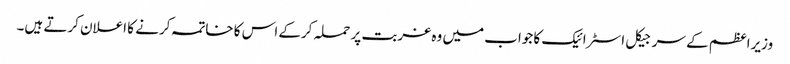
وزیراعظم کے سرجیکل اسٹرائیک کا جواب میں وہ غربت پر حملہ کرکے اس کا خاتمہ کرنے کا اعلان کرتے ہیں۔